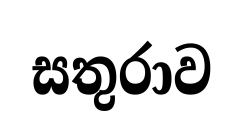
සතුරාව